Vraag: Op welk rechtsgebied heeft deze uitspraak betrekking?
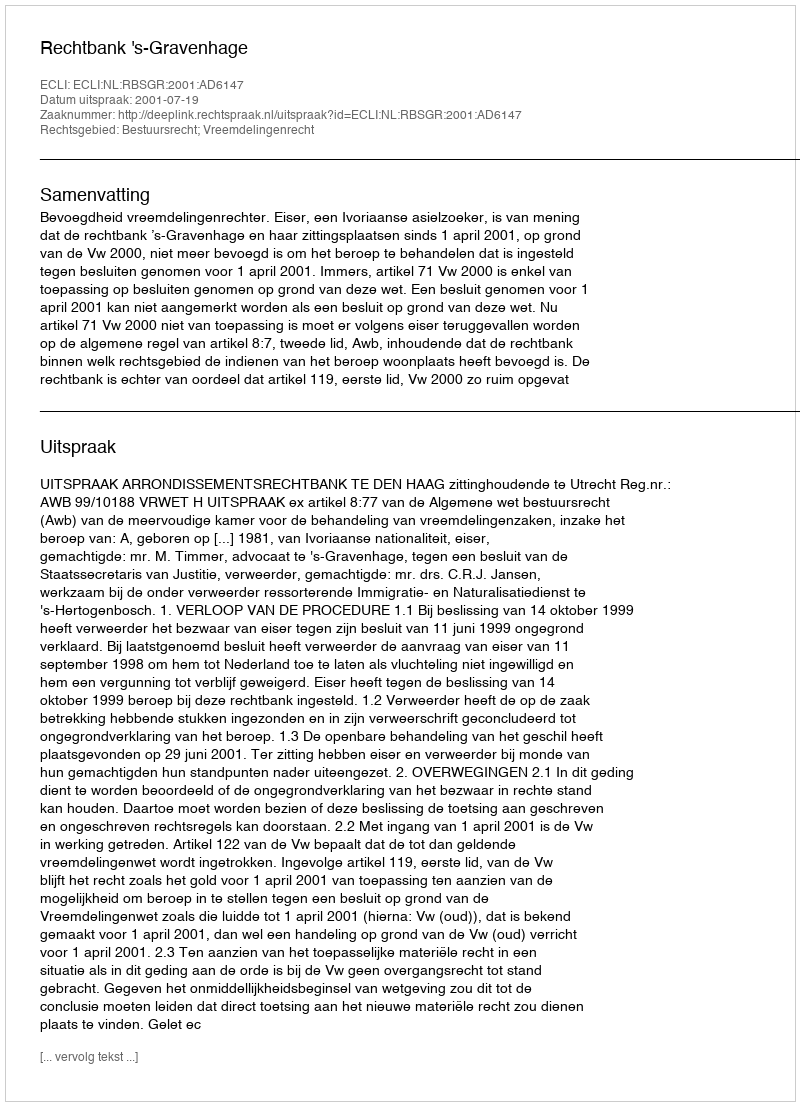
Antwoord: Bestuursrecht; Vreemdelingenrecht